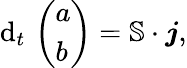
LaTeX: \mathrm{d}_{t}\, \left(\begin{array}{l}{a}\\ {b}\end{array}\right)=\mathbb{S}\cdot\boldsymbol{j},